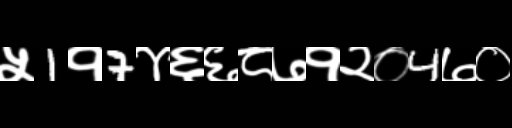
Text: ५1१7४६६८७१२०4७०